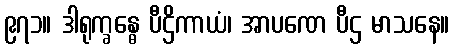
၉၇၁။ ဒါရုက္ခန္ဓေ ပီဌိကာယံ၊ အာပဏေ ပီဌ မာသနေ။